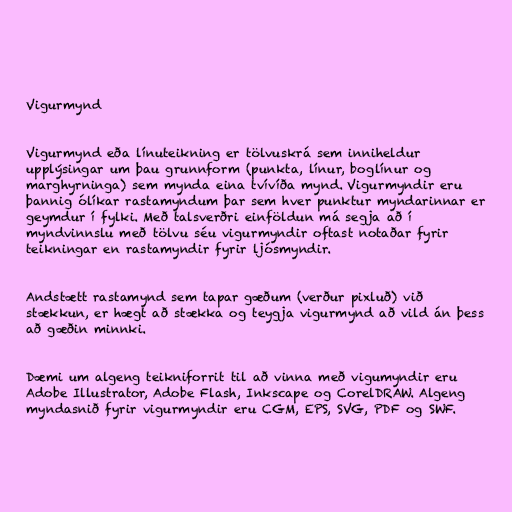
Vigurmynd

Vigurmynd eða línuteikning er tölvuskrá sem inniheldur
upplýsingar um þau grunnform (punkta, línur, boglínur og
marghyrninga) sem mynda eina tvívíða mynd. Vigurmyndir eru
þannig ólíkar rastamyndum þar sem hver punktur myndarinnar er
geymdur í fylki. Með talsverðri einföldun má segja að í
myndvinnslu með tölvu séu vigurmyndir oftast notaðar fyrir
teikningar en rastamyndir fyrir ljósmyndir.

Andstætt rastamynd sem tapar gæðum (verður pixluð) við
stækkun, er hægt að stækka og teygja vigurmynd að vild án þess
að gæðin minnki.

Dæmi um algeng teikniforrit til að vinna með vigumyndir eru
Adobe Illustrator, Adobe Flash, Inkscape og CorelDRAW. Algeng
myndasnið fyrir vigurmyndir eru CGM, EPS, SVG, PDF og SWF.